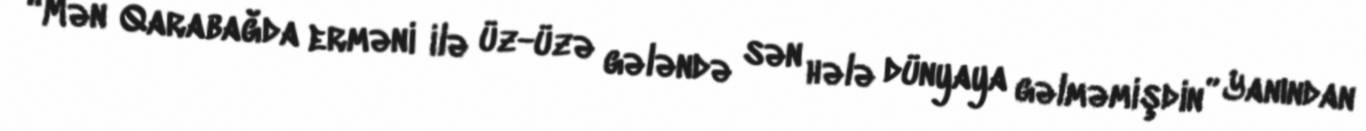
“Mən Qarabağda erməni ilə üz-üzə gələndə sən hələ dünyaya gəlməmişdin” Yanından